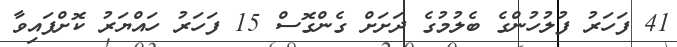
41 ފަހަރު ފުލުހުންގެ ބެލުމުގެ ދަށަށް ގެންގޮސް 15 ފަހަރު ހައްޔަރު ކޮށްފައިވާ